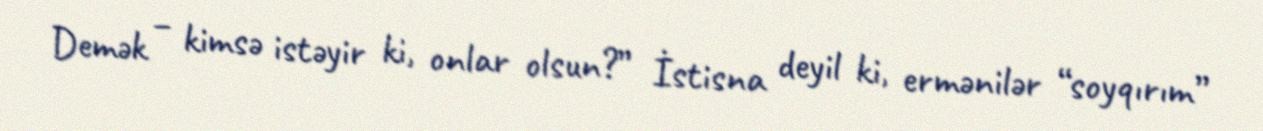
Demək – kimsə istəyir ki, onlar olsun?” İstisna deyil ki, ermənilər “soyqırım”